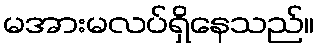
မအားမလပ်ရှိနေသည်။